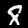
Digit: 8